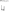
يا